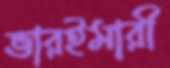
ভারইমারী